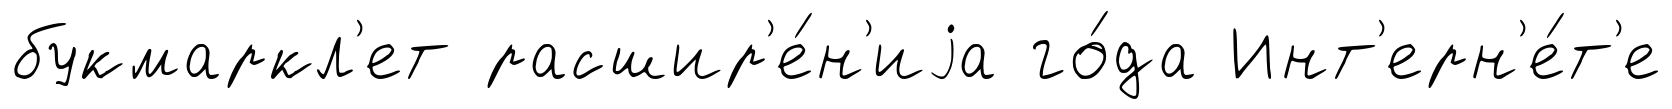
букмаркл'ет расшир'е́н'иjа го́да Инт'ерн'е́т'е